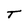
Character: T